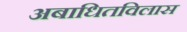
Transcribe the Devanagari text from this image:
अबाधितविलास